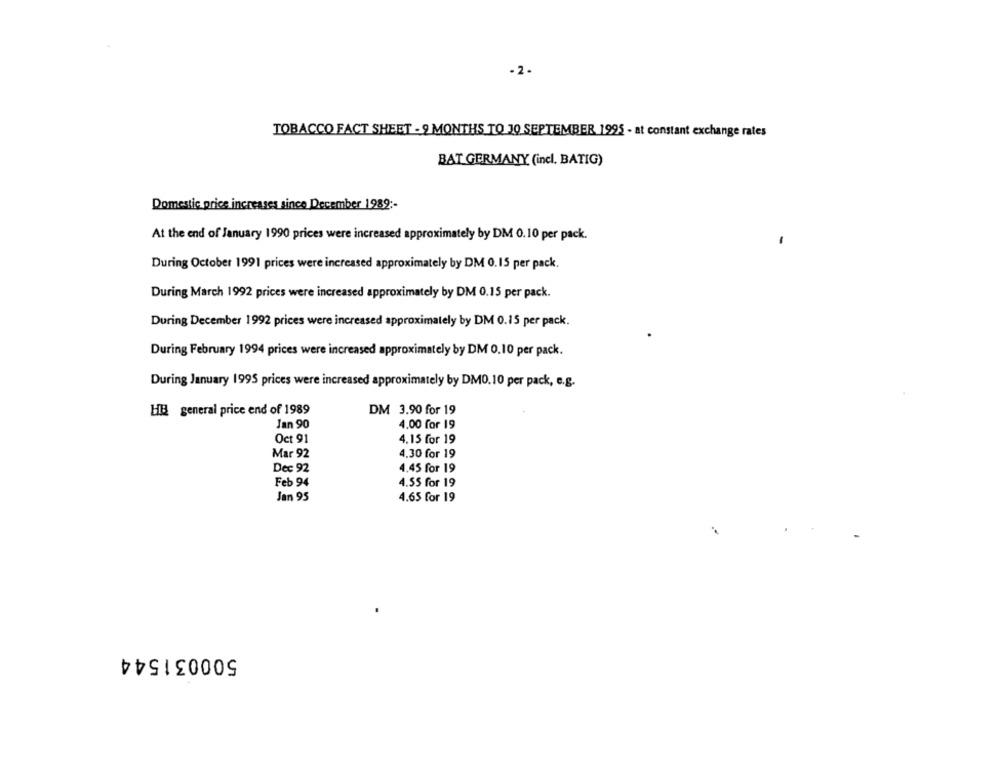
-2.
TOBACCO FACT SHEET - 9 MONTHS TO 30 SEPTEMBER 1995 - at constant exchange rates
BAT GERMANY (incl. BATIG)
Domestic price increases since December 1989 :-
At the end of January 1990 prices were increased approximately by DM 0.10 per pack.
During October 1991 prices were increased approximately by DM 0.15 per pack.
During March 1992 prices were increased approximately by DM 0.15 per pack.
During December 1992 prices were increased approximately by DM 0.15 per pack.
During February 1994 prices were increased approximately by DM 0.10 per pack.
During January 1995 prices were increased approximately by DM0. 10 per pack, e.g.
HIB general price end of 1989
DM 3.90 for 19
Jan 90
4.00 for 19
Oct 91
4.15 for 19
Mar 92
4.30 for 19
Dec 92
4.45 for 19
Feb 94
4.55 for 19
Jan 95
4.65 for 19
500031544